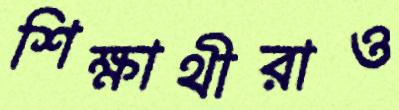
শিক্ষার্থীরাও